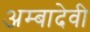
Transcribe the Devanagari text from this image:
अम्बादेवी